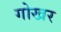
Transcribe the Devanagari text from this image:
गोखर